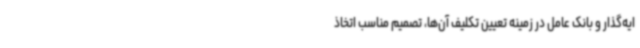
ایه‌گذار و بانک عامل در زمینه تعیین تکلیف آن‌ها، تصمیم مناسب اتخاذ